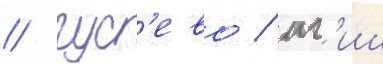
/ гус'ево / иг'иш